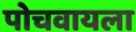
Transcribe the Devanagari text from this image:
पोचवायला